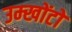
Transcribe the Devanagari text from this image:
उम्खोंटो